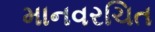
માનવરચિત